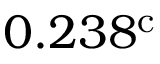
0 . 2 3 8 ^ { \mathrm { c } }